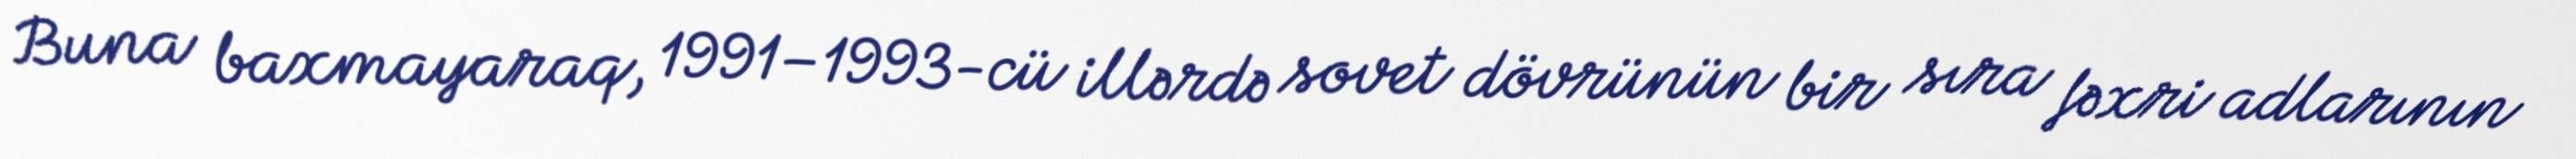
Buna baxmayaraq, 1991–1993-cü illərdə sovet dövrünün bir sıra fəxri adlarının